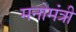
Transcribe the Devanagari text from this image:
मनोमंत्री